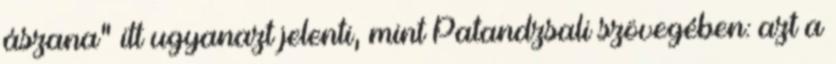
ászana" itt ugyanazt jelenti, mint Patandzsali szövegében: azt a